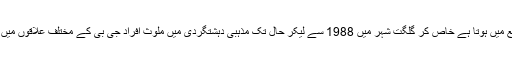
ایسا تو جی بی کے ہر ضلع میں ہوتا ہے خاص کر گلگت شہر میں 1988 سے لیکر حال تک مذہبی دہشتگردی میں ملوث افراد جی بی کے مختلف علاقوں میں پناہ گزین ہوتے رہے ہیں۔